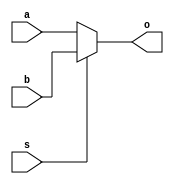
module mux2nton#(parameter N=32)(input[N-1:0]a,b,input s,output [N-1:0]o);
	assign o=(s==0)?a:
		(s==1)?b:1'bx;
endmodule